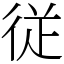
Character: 従